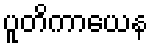
ပူတိကာယေန